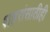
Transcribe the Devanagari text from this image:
शहरांसाठीही